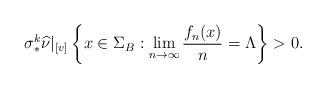
LaTeX: \begin{align*}\sigma_\ast^k\widehat{\nu}|_{[v]} \left\{ x \in \Sigma_B: \lim_{n\to\infty} \frac{f_n(x)}{n} = \Lambda \right\} > 0 .\end{align*}